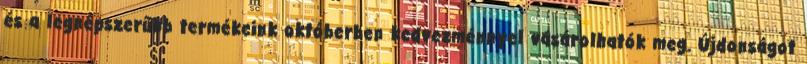
és a legnépszerűbb termékeink októberben kedvezménnyel vásárolhatók meg. Újdonságot